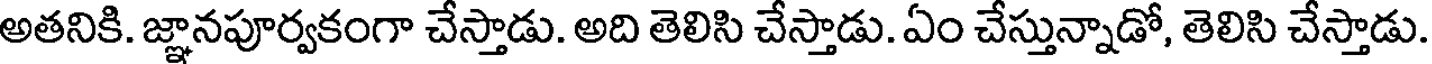
అతనికి. జ్ఞానపూర్వకంగా చేస్తాడు. అది తెలిసి చేస్తాడు. ఏం చేస్తున్నాడో, తెలిసి చేస్తాడు.